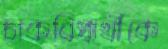
চাকরিপ্রার্থীকে